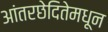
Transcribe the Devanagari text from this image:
आंतरछेदितेमधून